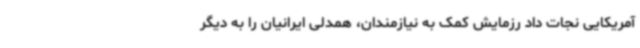
آمریکایی نجات داد رزمایش کمک به نیازمندان، همدلی ایرانیان را به دیگر